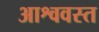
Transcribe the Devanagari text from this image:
आश्ववस्त